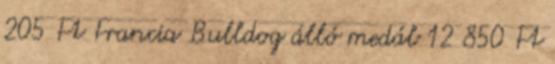
205 Ft Francia Bulldog álló medál 12 850 Ft